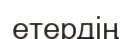
етердің